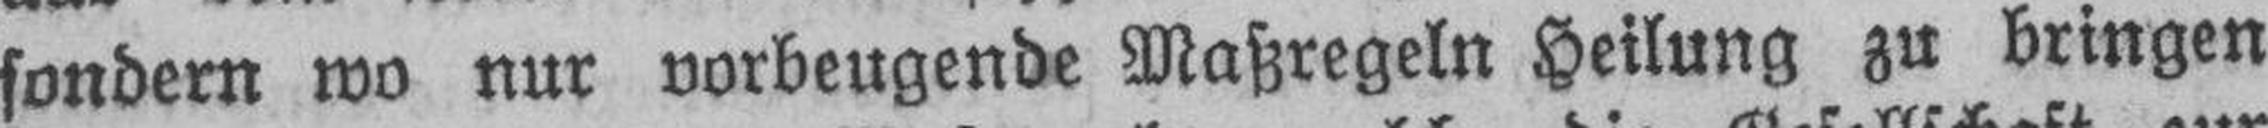
sondern wo nur vorbeugende Maßregeln Heilung zu bringen